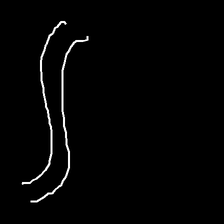
Glyph: float